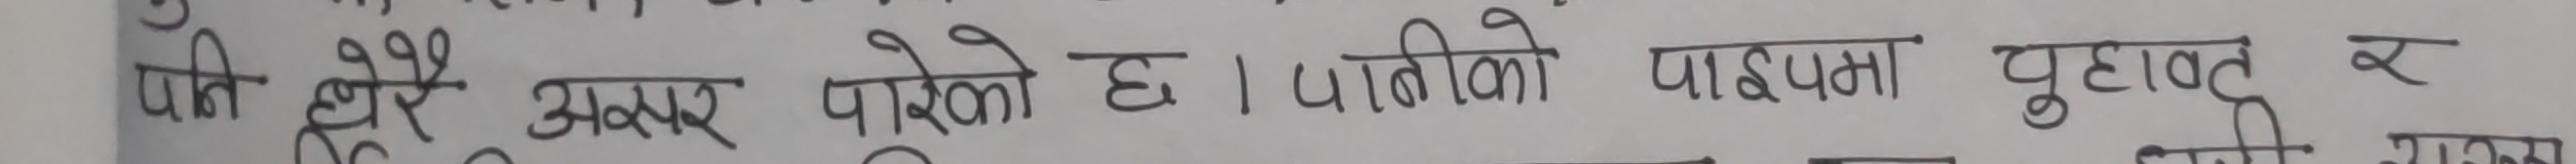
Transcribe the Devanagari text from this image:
पानी धेरै असर पारेको छ। पानीको पाइपमा चुहावट र